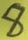
Text: 8